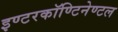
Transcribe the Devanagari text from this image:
इण्टरकॉण्टिनेण्टल